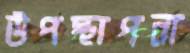
উপস্থাপনা